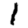
Digit: 1